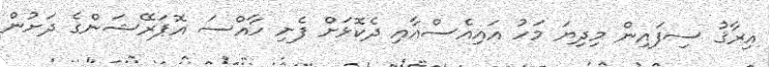
އިރާޤު ސިފައިން މިދިޔަ މަހު އައިއެސްއާއި ދެކޮޅަށް ފެށި ހާއްސަ އޮޕަރޭޝަންގެ ދަށުން